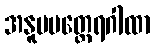
အနူပမတ္ထေရဂါထာ